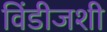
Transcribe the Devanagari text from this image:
विंडीजशी